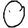
Digit: 0